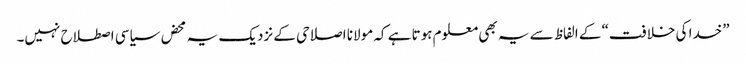
”خدا کی خلافت“ کے الفاظ سے یہ بھی معلوم ہوتا ہے کہ مولانا اصلاحی کے نزدیک یہ محض سیاسی اصطلاح نہیں۔